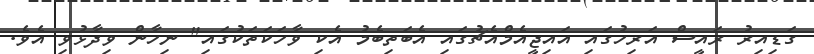
ގަޑިއިރު ރައީސް އަރިހުގައި އައިޖީއެމްއެޗުގައި އެބަތިބެމު އެކި ވާހަކަތަކުގައި" ނިހާން ވިދާޅުވި އެވެ.